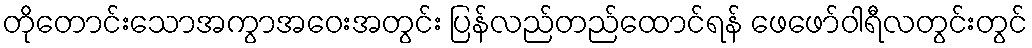
တိုတောင်းသောအကွာအဝေးအတွင်း ပြန်လည်တည်ထောင်ရန် ဖေဖော်ဝါရီလတွင်းတွင်